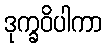
ဒုက္ခဝိပါကာ